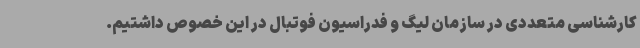
کارشناسی متعددی در سازمان لیگ و فدراسیون فوتبال در این خصوص داشتیم.